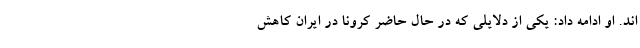
اند. او ادامه داد: یکی از دلایلی که در حال حاضر کرونا در ایران کاهش